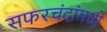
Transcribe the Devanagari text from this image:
सफरचंदांमध्ये